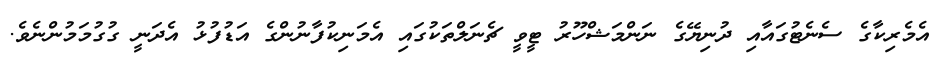
އެމެރިކާގެ ސެނެޓުގައާއި ދުނިޔޭގެ ނަންމަޝްހޫރު ޓީވީ ޗެނަލްތަކުގައި އެމަނިކުފާނުންގެ އަޑުފުޅު އެދަނީ ގުގުމަމުންނެވެ.